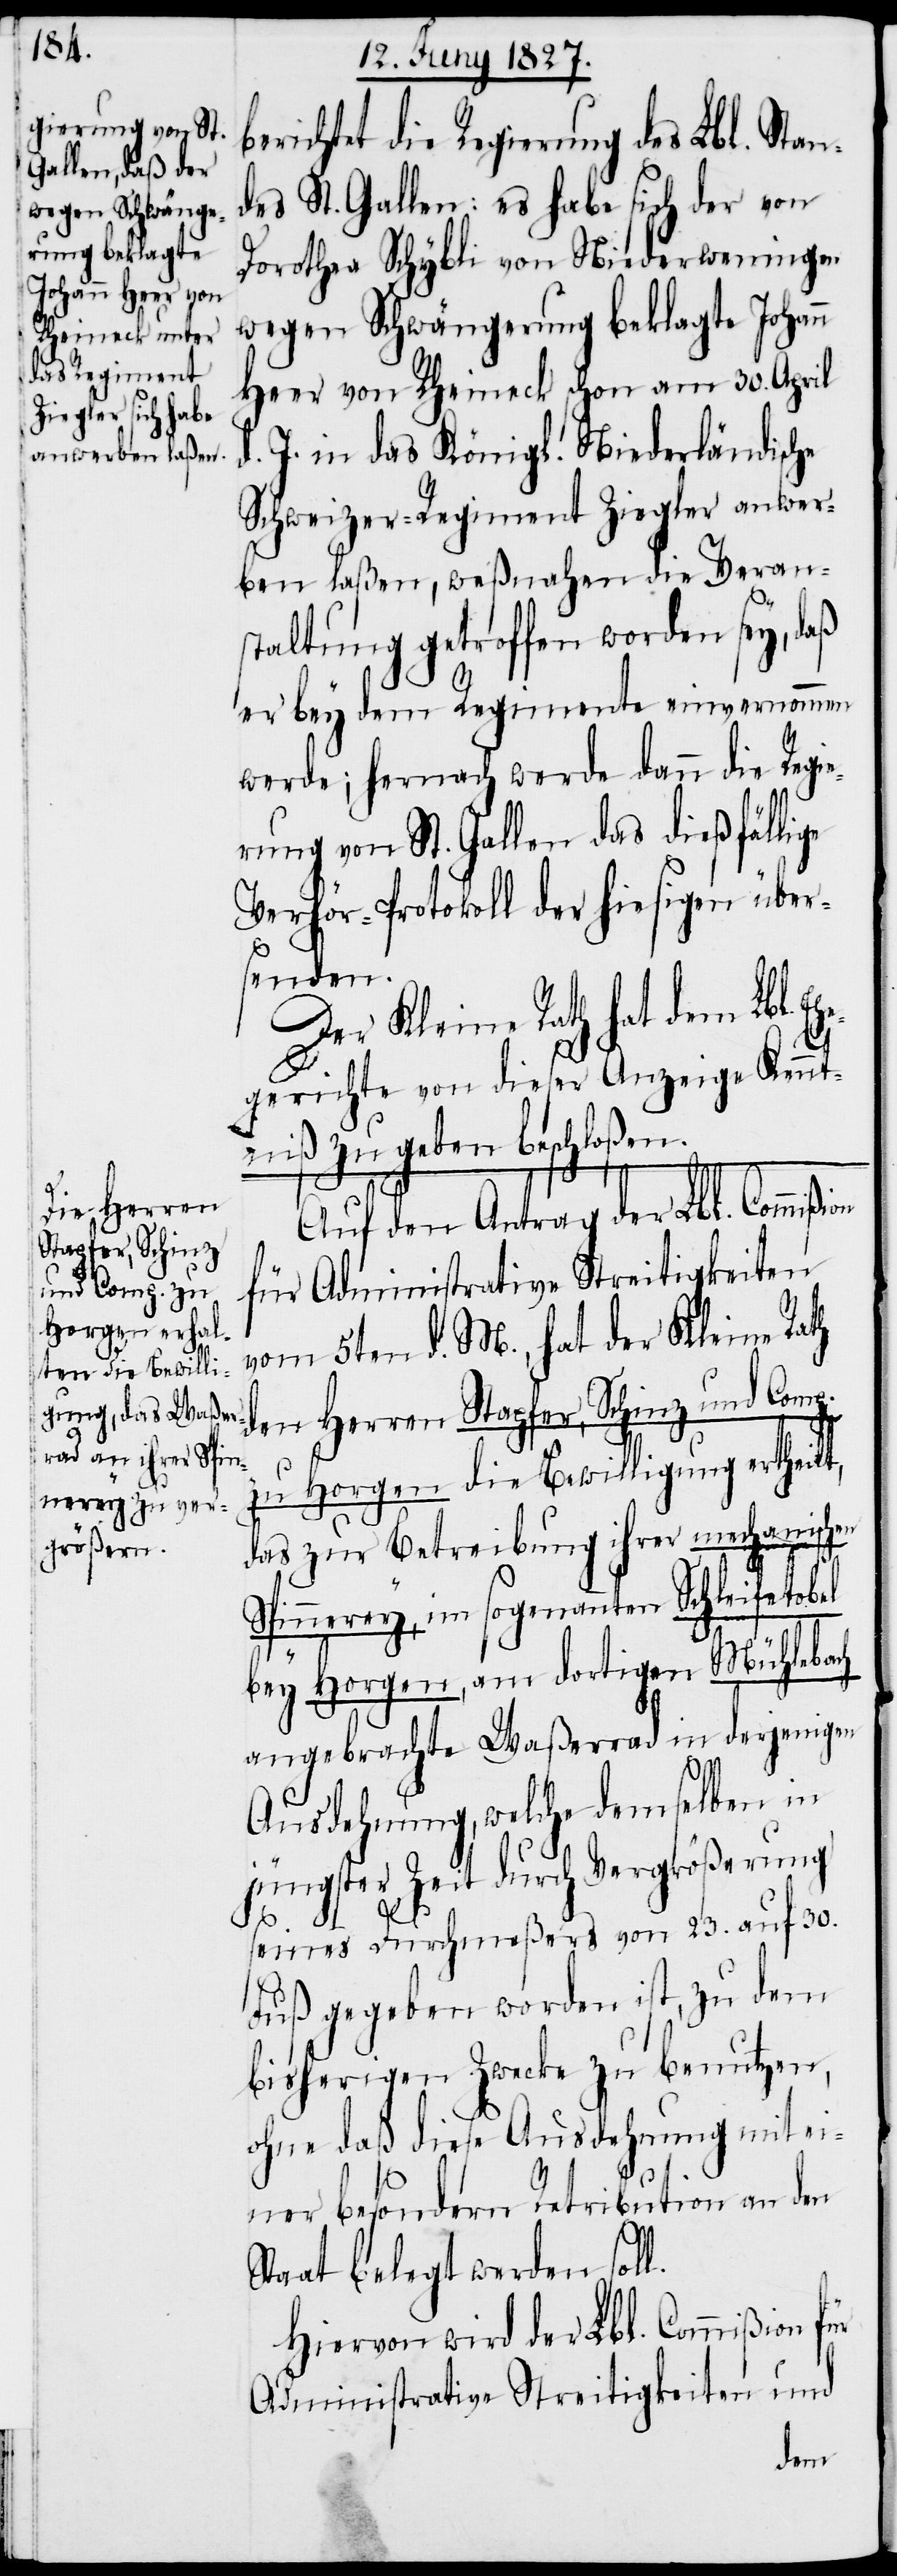
erichtet die Regierung des Lbl. Stan¬
des St. Gallen: es habe sich der von
Dorothea Schybli von Niederweningen
wegen Schwängerung beklagte Johann
Heer von Rheineck schon am 30. April
d. J. in das Königl. Niederländische
Schweizer-Regiment Ziegler anwer¬
ben laßen, weßnahen die Veran¬
staltung getroffen worden sey, daß
er bey dem Regimente einvernommen
werde; hernach werde dann die Regie¬
rung von St. Gallen das dießfällige
Verhör-Protokoll der hiesigen über¬
senden.
Der Kleine Rath hat dem Lbl.
el
gerichte von dieser Anzeige Kennt¬
niß zu geben beschloßen.
den Herren
Auf den Antrag der Lbl. Commiß¬
Stapfer, Schinz
für Administrative Streitigkeiten
und Comp. zu
vom 5ten d. M., hat der Kleine Rath
Horgen die Bewilligung ertheilt,
das zur Betreibung ihrer mechanischen
Spinnerey, im sogenannten Schleifetob¬
bey Horgen, am dortigen Mühlebach
angebrachte Waßerrad in derjenigen
l.
Ausdehnung, welche demselben in
jüngster Zeit durch Vergrößerung
seines Durchmeßers von 23. auf 30.
Fuß gegeben worden ist, zu dem
bisherigen Zwecke zu benutzen,
ohne daß diese Ausdehnung mit ei¬
ner besondern Retribution an den
Staat belegt werden sol¬
Hiervon wird der Lbl. Commißion
Administrative Streitigkeiten und